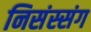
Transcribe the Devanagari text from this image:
निसंस्संग